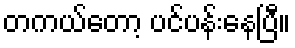
တကယ်တော့ ပင်ပန်းနေပြီ။